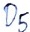
Text: D5